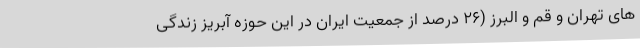
های تهران و قم و البرز (26 درصد از جمعیت ایران در این حوزه آبریز زندگی